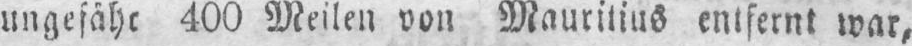
ungefähr 400 Meilen von Mauritius entfernt war,